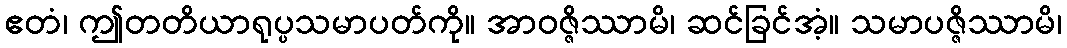
ဧတံ၊ ဤတတိယာရုပ္ပသမာပတ်ကို။ အာဝဇ္ဇိဿာမိ၊ ဆင်ခြင်အံ့။ သမာပဇ္ဇိဿာမိ၊